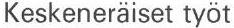
Keskeneräiset työt